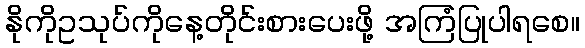
နိုကိုဥသုပ်ကိုနေ့တိုင်းစားပေးဖို့ အကြံပြုပါရစေ။